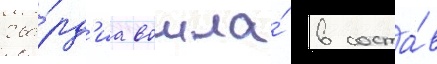
гва́рд'иа вошла́ в соста́в